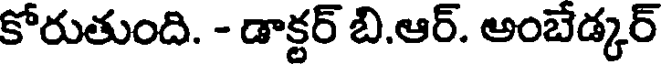
కోరుతుంది. - డాక్టర్ బి.ఆర్. అంబేడ్కర్